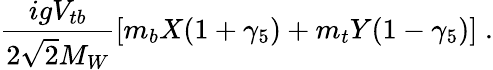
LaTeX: {\frac{igV_{tb}}{2\sqrt 2M_{W}}}[m_{b}X(1+{\gamma}_{5})+m_{t}Y(1-{\gamma}_{5})]\; .